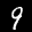
Label: 9